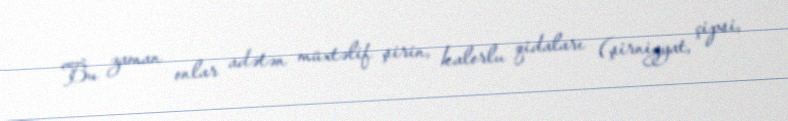
Bu zaman onlar adətən müxtəlif şirin, kalorlu qidaları (şirniyyat, çipsi,